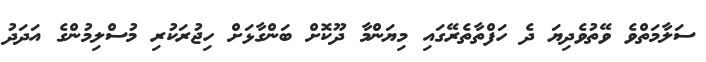
ސަލާމަތްވެ ވޭތުވެދިޔަ ދެ ހަފްތާތެރޭގައި މިޔަންމާ ދޫކޮށް ބަންގާޅަށް ހިޖުރަކުރި މުސްލިމުންގެ އަދަދު